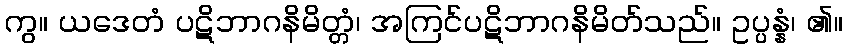
ကွ။ ယဒေတံ ပဋိဘာဂနိမိတ္တံ၊ အကြင်ပဋိဘာဂနိမိတ်သည်။ ဥပ္ပန္နံ၊ ၏။